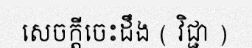
សេចក្តីចេះដឹង ( វិជ្ជា )